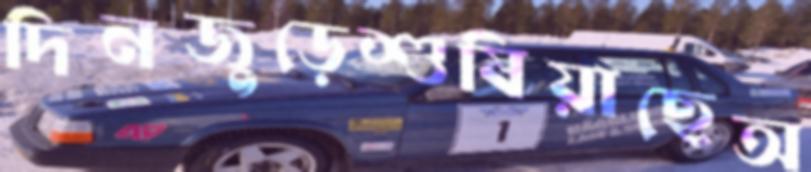
দিনজুড়েশুষিয়াছেঅ